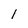
Character: l